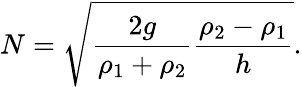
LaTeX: N=\sqrt{\frac{2g}{\rho_{1}+\rho_{2}}\frac{\rho_{2}-\rho_{1}}{h}}.